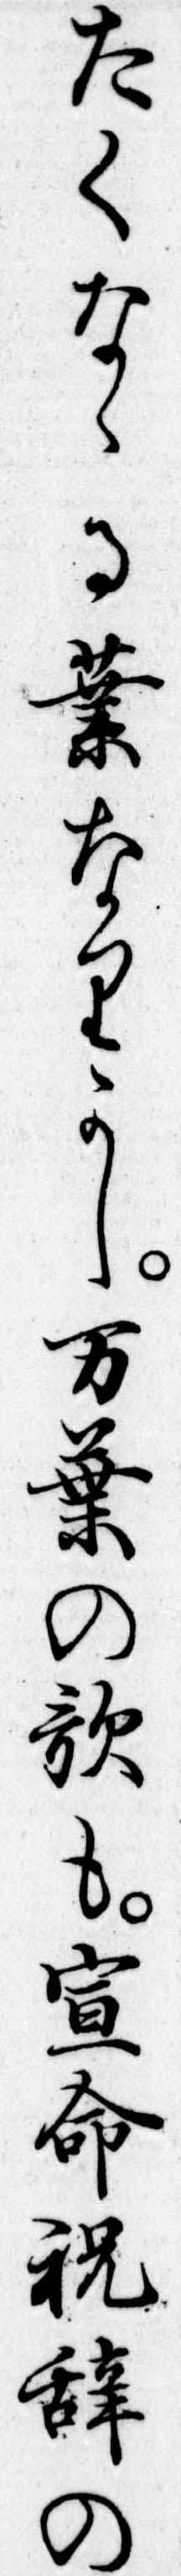
たくなる業なりかし万葉の歌も宣命祝辞の